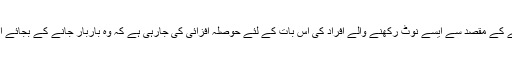
بینکوں میں قطاروں کو کم کرنے کے مقصد سے ایسے نوٹ رکھنے والے افراد کی اس بات کے لئے حوصلہ افزائی کی جارہی ہے کہ وہ باربار جانے کے بجائے ایک ساتھ پوری رقم جمع کرائیں۔